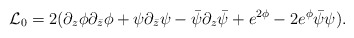
\begin{align*}{\cal L}_0 = 2 ( \partial_z \phi \partial_{\bar z} \phi + \psi\partial_{\bar z} \psi - \bar{\psi} \partial_z \bar{\psi} + e^{2 \phi}- 2 e^{\phi} \bar{\psi} \psi).\end{align*}